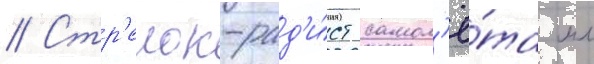
// Стр'елок-рад'и́ст самол'ё́та мл